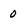
Character: 0